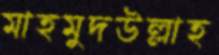
মাহমুদউল্লাহ